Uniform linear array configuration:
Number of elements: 4
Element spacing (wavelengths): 0.25
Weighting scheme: uniform
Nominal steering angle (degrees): -45
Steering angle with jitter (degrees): -44.724
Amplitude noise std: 0.05
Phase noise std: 0.05

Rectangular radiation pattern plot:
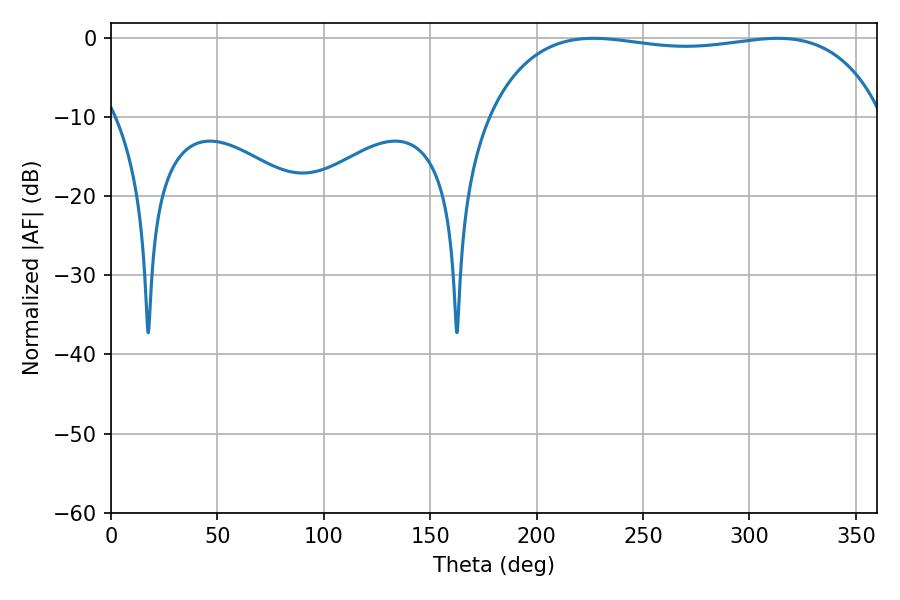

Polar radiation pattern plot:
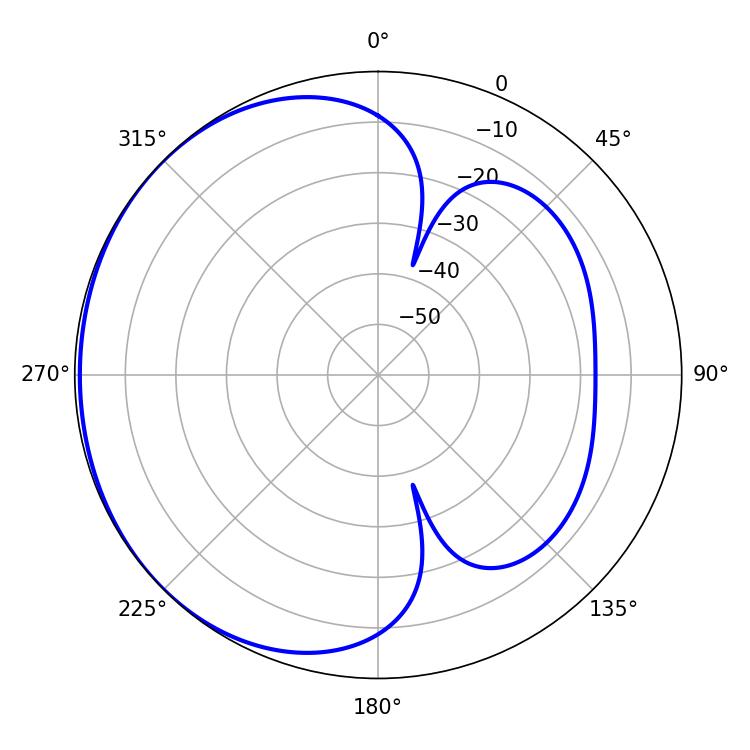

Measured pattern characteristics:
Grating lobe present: FALSE
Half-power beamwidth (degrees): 148.68
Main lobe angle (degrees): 226.8